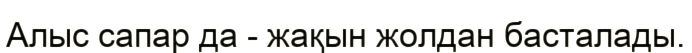
Алыс сапар да - жақын жолдан басталады.